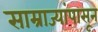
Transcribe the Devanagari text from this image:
साम्राज्यांपासून